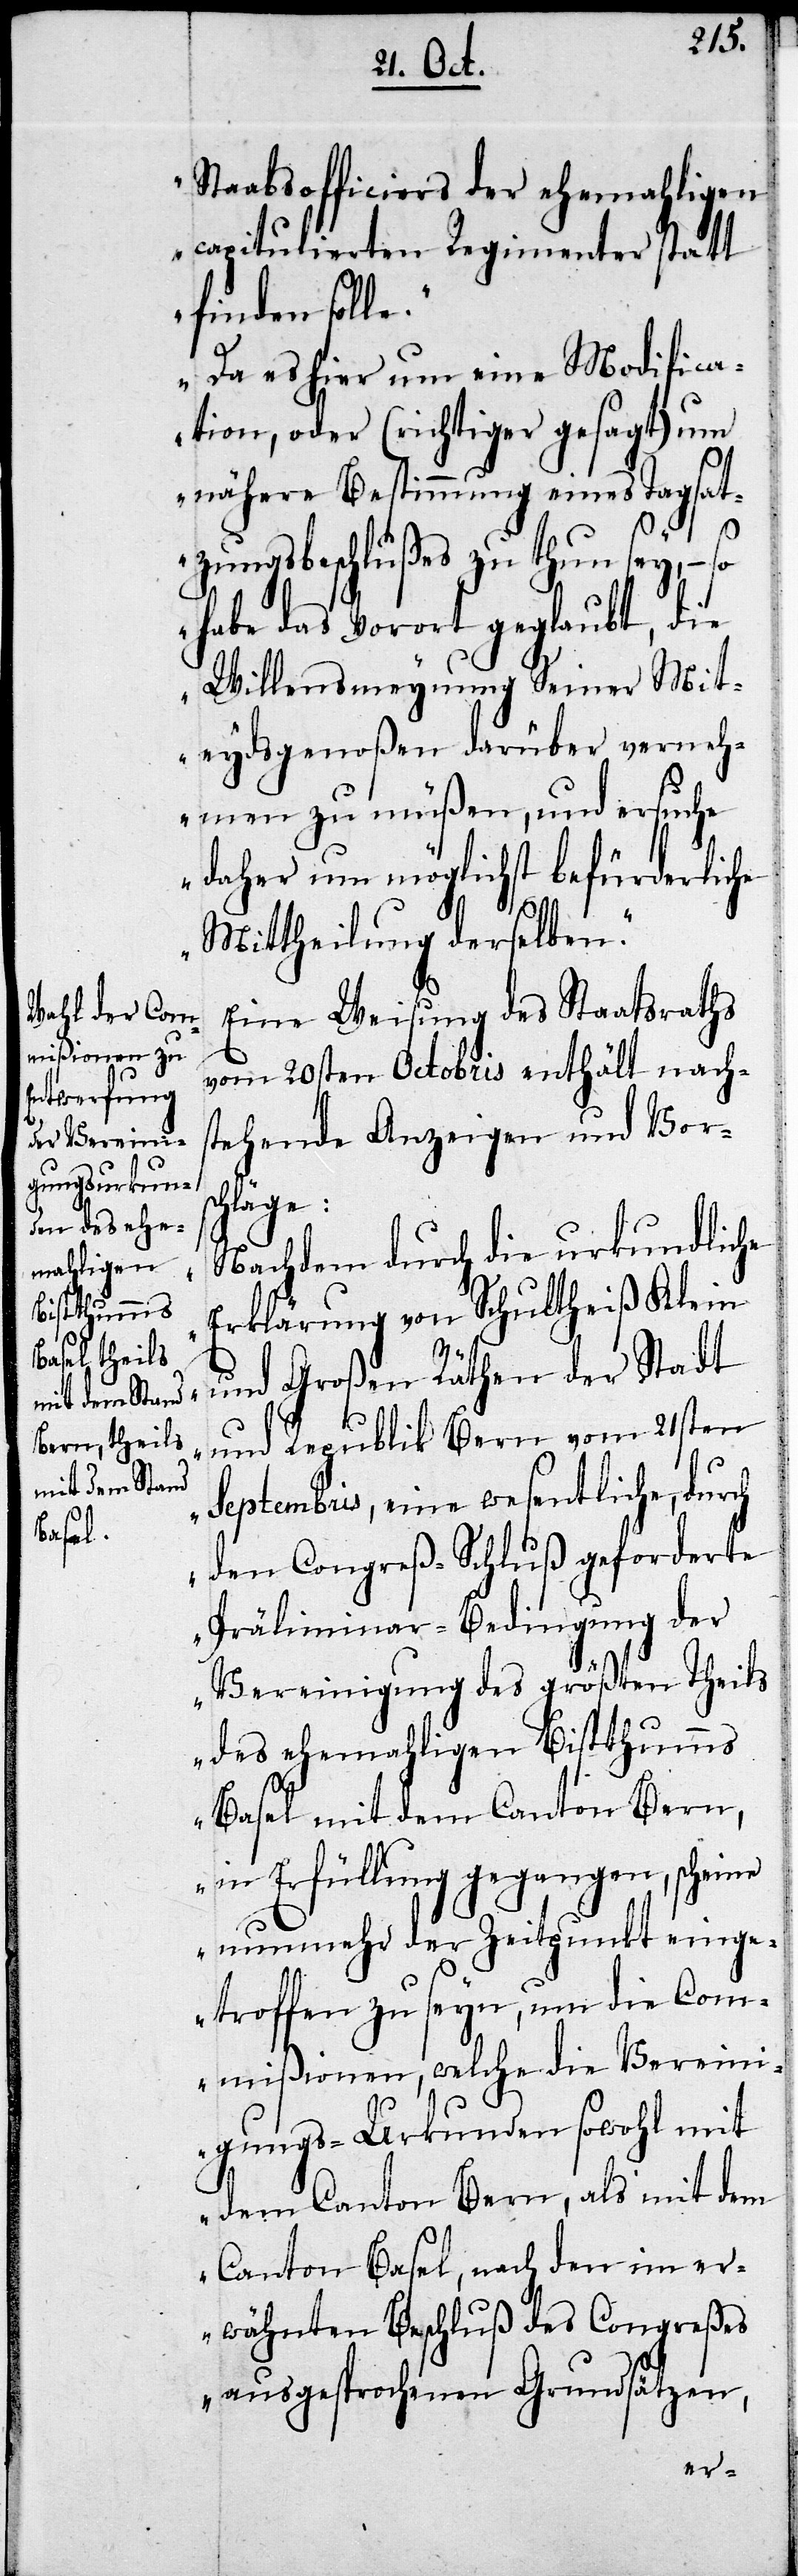
Staabsofficiers der ehemaligen
capitulierten Regimenter statt
finden solle.
Da es hier um eine Modifica¬
tion, oder (richtiger gesagt) um
nähere Bestimmungen eines Tagsat¬
zungsbeschlußes zu thun sey, –
habe das Vorort geglaubt, die
Willensmeynung Seiner Mit¬
eydsgenoßen darüber verneh¬
men zu müßen, und ersuche
daher um möglichst befürderliche
Mittheilung derselben.“
Eine Weisung des Staatsraths
vom 20sten Octobris enthält nachs¬
tehende Anzeigen und Vorsc¬
hläge:
„Nachdem durch die urkundliche
Erklärung von Schultheiß Klein
und Großen Räthen der Stadt
und Republik Bern vom 21sten
Septembris, eine wesentliche, durch
den Congreß-Schluß geforderte
Präliminar-Bedingung der
Vereinigung des größten Theils
des ehemaligen Bistthumms
Basel mit dem Canton Bern,
in Erfüllung gegangen ist,
nunmehr der Zeitpunkt eing¬
etroffen zu seyn, um die Com¬
mißionen, welche die Verein¬
igungs-Urkunden sowohl mit
dem Canton Bern, als mit dem
Canton Basel, nach den im er¬
wähnten Beschluß des Congreßes
ausgesprochenen Grundsätzen,